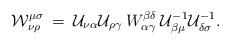
LaTeX: \begin{align*}{\cal W}^{\mu\sigma}_{\nu\rho} \:=\:{\cal U}_{\nu\alpha} {\cal U}_{\rho\gamma}\: W^{\beta\delta}_{\alpha\gamma} \:{\cal U}^{-1}_{\beta\mu}{\cal U}^{-1}_{\delta\sigma} .\end{align*}